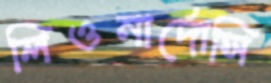
লিওনার্দোসি